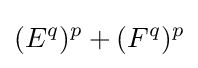
(E^{q})^{p}+(F^{q})^{p}